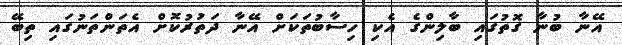
އޭނާ ބުނާ ގޮތުގައި ބާލިންގެ އެކި ހިސާބުތަކަށް އޭނާ ދަތުރުކޮށް އެތަންތަނުގައި ތިބޭ